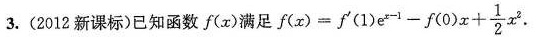
3.(2012新课标)已知函数f(x)满足$$f ( x ) = f ^ { \prime } ( 1 ) e ^ { x - 1 } - f ( 0 ) x + \frac { 1 } { 2 } x ^ { 2 }$$.